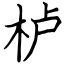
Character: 栌